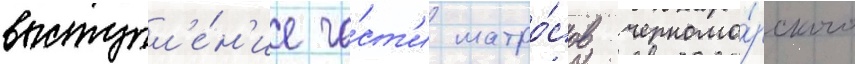
выступл'е́н'ие ча́ст'и матро́сов черномо́рского